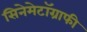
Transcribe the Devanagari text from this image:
सिनेमेटॉग्राफी